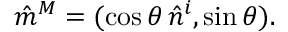
\hat { m } ^ { M } = ( \cos \theta \, \hat { n } ^ { i } , \sin \theta ) .